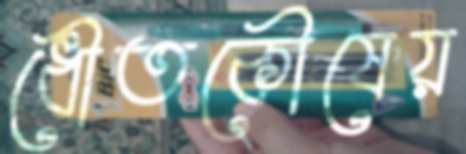
ধৌতকৌষেয়